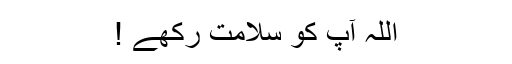
اللہ آپ کو سلامت رکھے !